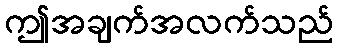
ဤအချက်အလက်သည်